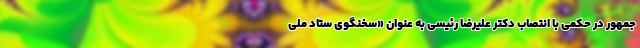
جمهور در حکمی با انتصاب دکتر علیرضا رئیسی به عنوان «سخنگوی ستاد ملی